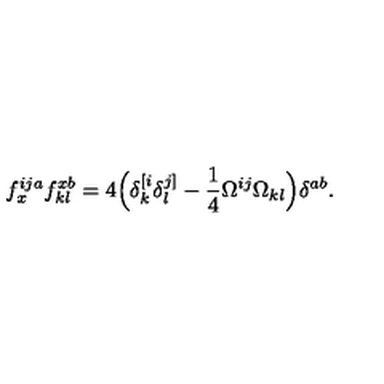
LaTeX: f _ { x } ^ { i j a } f _ { k l } ^ { x b } = 4 \Big ( \delta _ { k } ^ { [ i } \delta _ { l } ^ { j ] } - \frac { 1 } { 4 } \Omega ^ { i j } \Omega _ { k l } \Big ) \delta ^ { a b } .